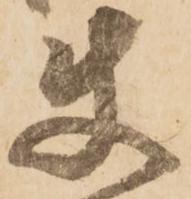
使